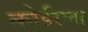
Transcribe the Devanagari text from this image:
कोईरला